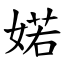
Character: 婼